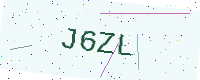
Text: J6ZL